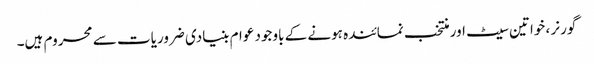
گورنر ، خواتین سیٹ اور منتخب نمائندہ ہونے کے باوجود عوام بنیادی ضروریات سے محروم ہیں۔